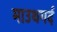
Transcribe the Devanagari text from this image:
माउथगर्द